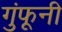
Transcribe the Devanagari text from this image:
गुंफूनी